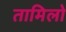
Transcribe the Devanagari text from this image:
तामिलो